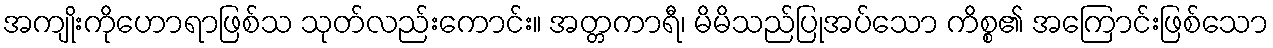
အကျိုးကိုဟောရာဖြစ်သ သုတ်လည်းကောင်း။ အတ္တကာရီ၊ မိမိသည်ပြုအပ်သော ကိစ္စ၏ အကြောင်းဖြစ်သော